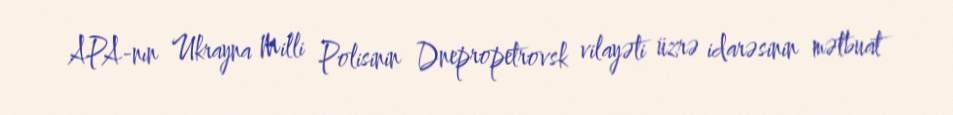
APA-nın Ukrayna Milli Polisinin Dnepropetrovsk vilayəti üzrə idarəsinin mətbuat